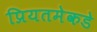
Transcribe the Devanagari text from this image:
प्रियतमेकडे